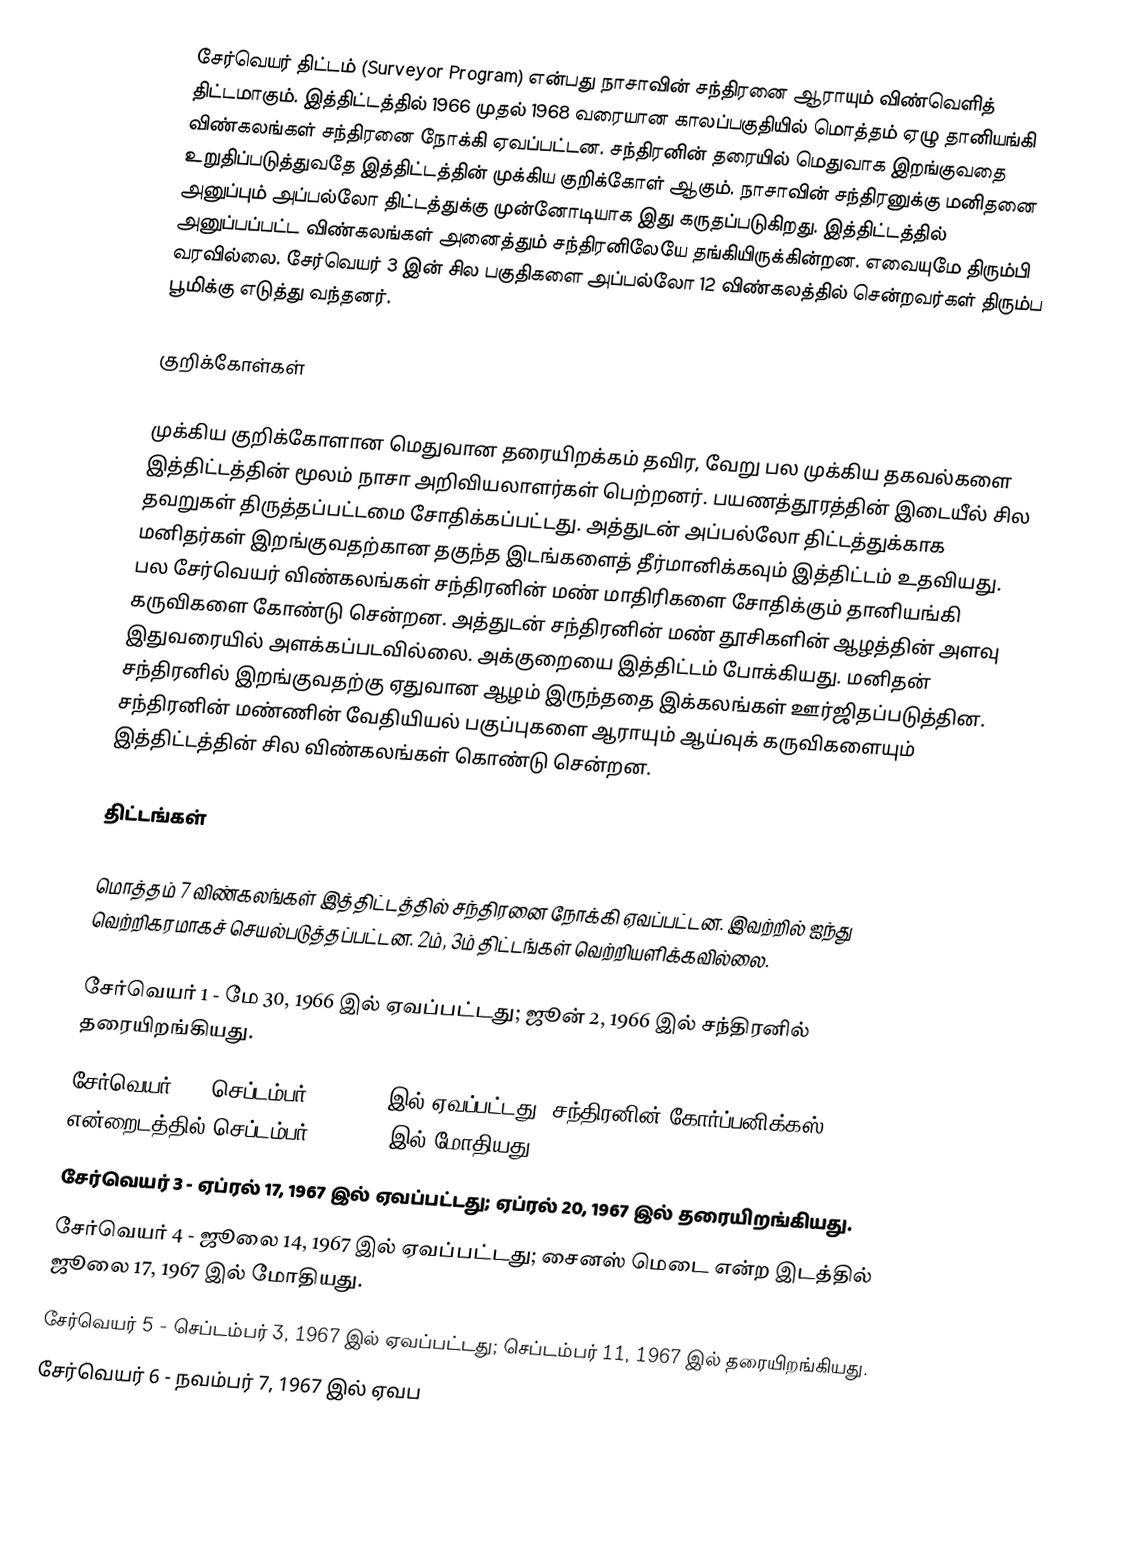
சேர்வெயர் திட்டம் (Surveyor Program) என்பது நாசாவின் சந்திரனை ஆராயும் விண்வெளித் திட்டமாகும். இத்திட்டத்தில் 1966 முதல் 1968 வரையான காலப்பகுதியில் மொத்தம் ஏழு தானியங்கி விண்கலங்கள் சந்திரனை நோக்கி ஏவப்பட்டன. சந்திரனின் தரையில் மெதுவாக இறங்குவதை உறுதிப்படுத்துவதே இத்திட்டத்தின் முக்கிய குறிக்கோள் ஆகும். நாசாவின் சந்திரனுக்கு மனிதனை அனுப்பும் அப்பல்லோ திட்டத்துக்கு முன்னோடியாக இது கருதப்படுகிறது. இத்திட்டத்தில் அனுப்பப்பட்ட விண்கலங்கள் அனைத்தும் சந்திரனிலேயே தங்கியிருக்கின்றன. எவையுமே திரும்பி வரவில்லை. சேர்வெயர் 3 இன் சில பகுதிகளை அப்பல்லோ 12 விண்கலத்தில் சென்றவர்கள் திரும்ப பூமிக்கு எடுத்து வந்தனர்.

குறிக்கோள்கள்

முக்கிய குறிக்கோளான மெதுவான தரையிறக்கம் தவிர, வேறு பல முக்கிய தகவல்களை இத்திட்டத்தின் மூலம் நாசா அறிவியலாளர்கள் பெற்றனர். பயணத்தூரத்தின் இடையீல் சில தவறுகள் திருத்தப்பட்டமை சோதிக்கப்பட்டது. அத்துடன் அப்பல்லோ திட்டத்துக்காக மனிதர்கள் இறங்குவதற்கான தகுந்த இடங்களைத் தீர்மானிக்கவும் இத்திட்டம் உதவியது. பல சேர்வெயர் விண்கலங்கள் சந்திரனின் மண் மாதிரிகளை சோதிக்கும் தானியங்கி கருவிகளை கோண்டு சென்றன. அத்துடன் சந்திரனின் மண் தூசிகளின் ஆழத்தின் அளவு இதுவரையில் அளக்கப்படவில்லை. அக்குறையை இத்திட்டம் போக்கியது. மனிதன் சந்திரனில் இறங்குவதற்கு ஏதுவான ஆழம் இருந்ததை இக்கலங்கள் ஊர்ஜிதப்படுத்தின. சந்திரனின் மண்ணின் வேதியியல் பகுப்புகளை ஆராயும் ஆய்வுக் கருவிகளையும் இத்திட்டத்தின் சில விண்கலங்கள் கொண்டு சென்றன.

திட்டங்கள்

மொத்தம் 7 விண்கலங்கள் இத்திட்டத்தில் சந்திரனை நோக்கி ஏவப்பட்டன. இவற்றில் ஐந்து வெற்றிகரமாகச் செயல்படுத்தப்பட்டன. 2ம், 3ம் திட்டங்கள் வெற்றியளிக்கவில்லை.

சேர்வெயர் 1 - மே 30, 1966 இல் ஏவப்பட்டது; ஜூன் 2, 1966 இல் சந்திரனில் தரையிறங்கியது.
சேர்வெயர் 2 - செப்டம்பர் 20, 1966 இல் ஏவப்பட்டது; சந்திரனின் கோர்ப்பனிக்கஸ் என்றைடத்தில் செப்டம்பர் 23, 1966 இல் மோதியது.
சேர்வெயர் 3 - ஏப்ரல் 17, 1967 இல் ஏவப்பட்டது; ஏப்ரல் 20, 1967 இல் தரையிறங்கியது.
சேர்வெயர் 4 - ஜூலை 14, 1967 இல் ஏவப்பட்டது; சைனஸ் மெடை என்ற இடத்தில் ஜூலை 17, 1967 இல் மோதியது.
சேர்வெயர் 5 - செப்டம்பர் 3, 1967 இல் ஏவப்பட்டது; செப்டம்பர் 11, 1967 இல் தரையிறங்கியது.
சேர்வெயர் 6 - நவம்பர் 7, 1967 இல் ஏவப